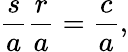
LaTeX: {\frac{s}{a}}{\frac{r}{a}}={\frac{c}{a}},